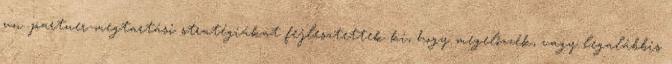
un. partner-megtartási stratégiákat fejlesztettek ki, hogy megelőzzék, vagy legalábbis